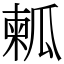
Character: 㼑